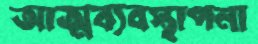
আত্মব্যবস্থাপনা